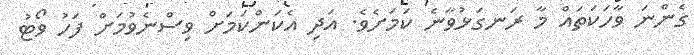
ގެންނަ ވާހަކަތައް މާ ރަނގަޅުވާނެ ކަމަށެވެ. އަދި އެކަންކަމަށް ވިސްނެވުމަށް ފަހު ވޯޓު